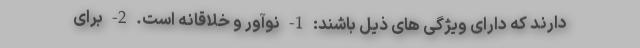
دارند که دارای ویژگی های ذیل باشند: 1- نوآور و خلاقانه است. 2- برای